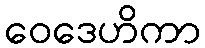
ဝေဒေဟိကာ